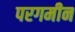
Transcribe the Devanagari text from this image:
परगमीन